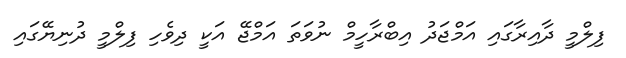
ފިލްމީ ދާއިރާގައި އަމްޖަދު އިބްރާހީމް ނުވަތަ އަމްޖޭ އަކީ ދިވެހި ފިލްމީ ދުނިޔޭގައި